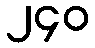
၂၄၀